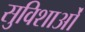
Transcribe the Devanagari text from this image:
सुविशाओं